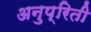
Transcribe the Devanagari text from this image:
अनुप्रिती